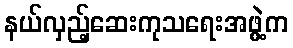
နယ်လှည့်ဆေးကုသရေးအဖွဲ့က